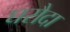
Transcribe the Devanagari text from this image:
घरौदा